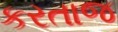
કરતાજ